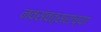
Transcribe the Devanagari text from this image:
नवसंवत्सराच्या